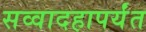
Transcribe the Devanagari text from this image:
सव्वादहापर्यंत